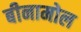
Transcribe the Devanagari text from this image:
बीनामोल